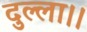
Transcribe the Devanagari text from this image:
दुल्ला।।